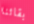
بقائنا